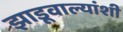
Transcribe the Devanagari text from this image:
झाडूवाल्यांशी